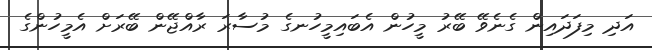
އަދި މިފަދައިން ގެނެވޭ ބޭރު މީހުން އެބައިމީހުނގެ މުސާރަ ރާއްޖޭން ބޭރަށް އެމީހުންގެ